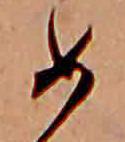
め